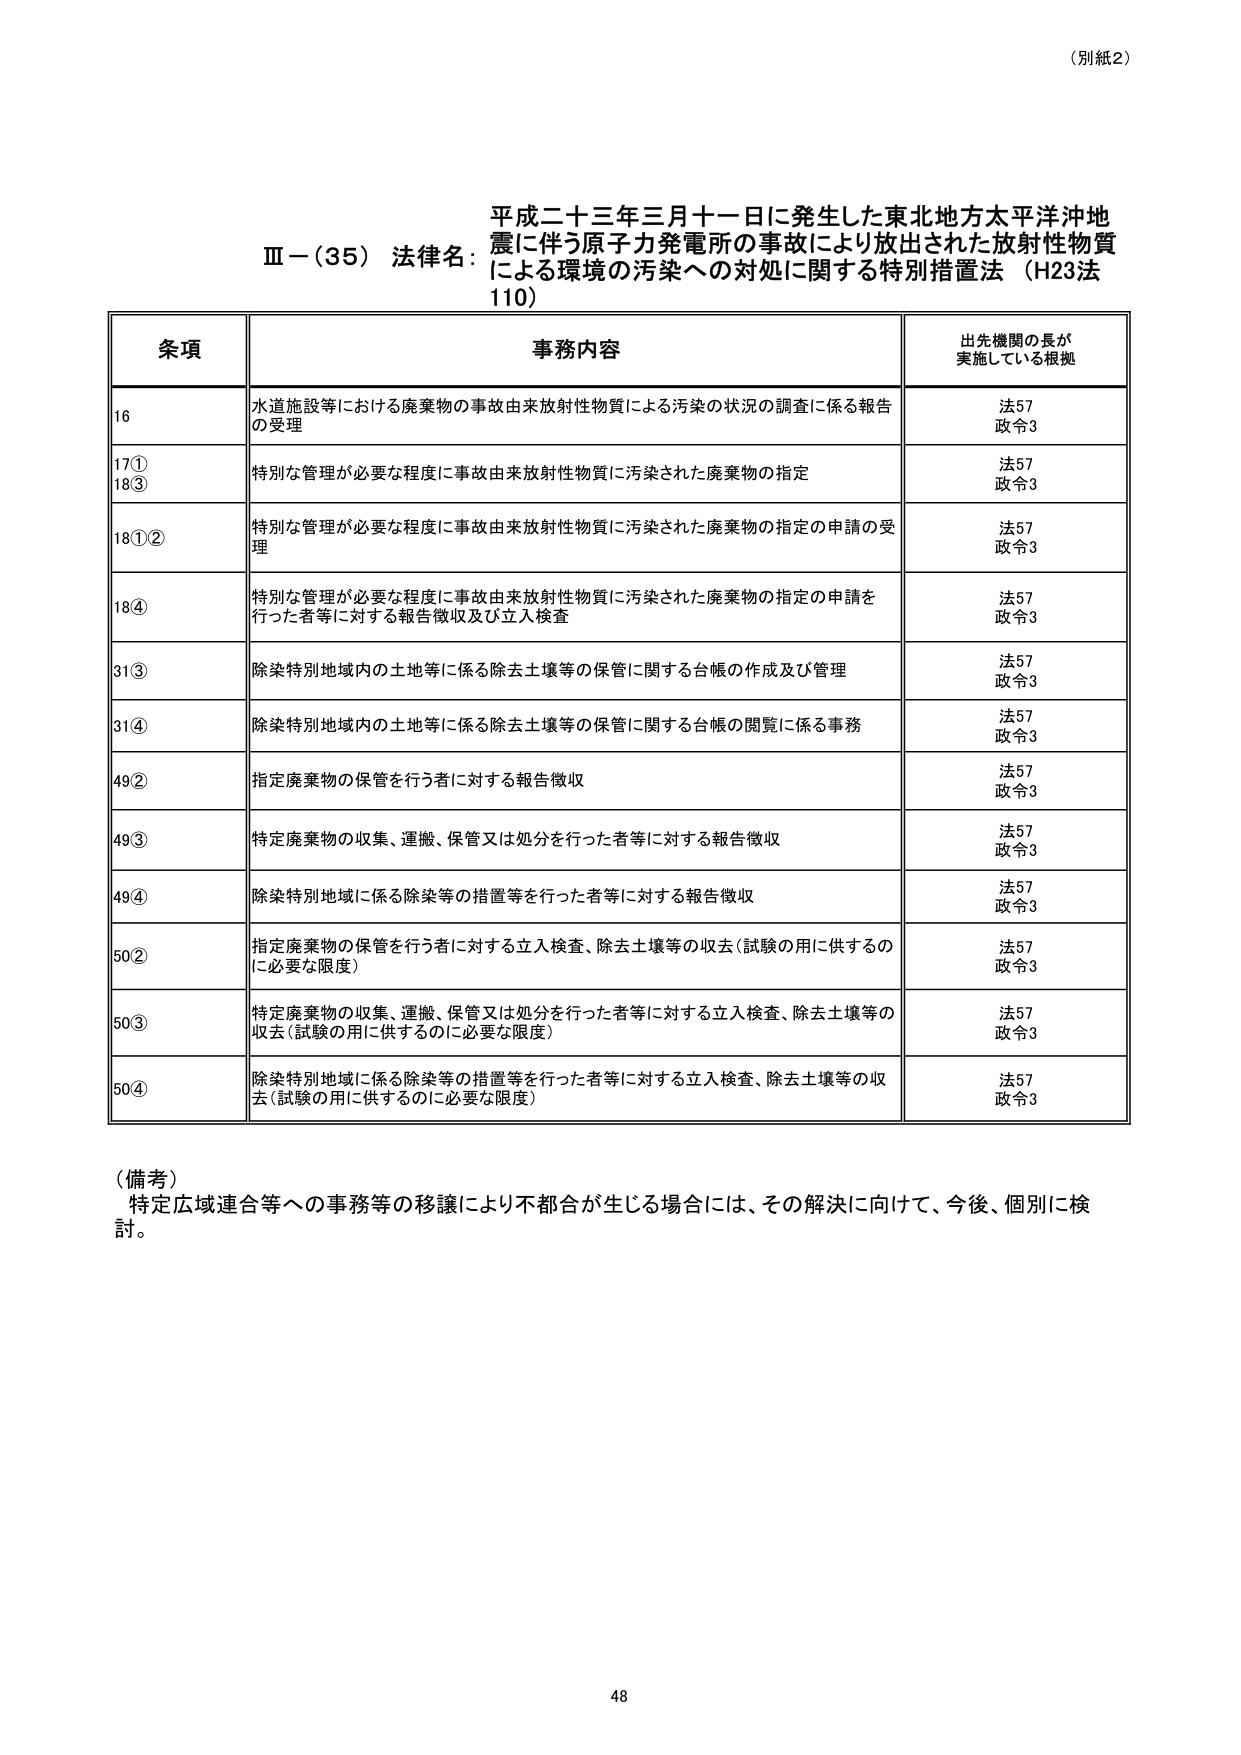
（別紙2）

平成二十三年三月十一日に発生した東北地方太平洋沖地震に伴う原子力発電所の事故により放出された放射性物質による環境の汚染への対処に関する特別措置法（H23法110）

Ⅲ－（35） 法律名：

条項 事務内容 出先機関の長が実施している根拠

16 水道施設等における廃棄物の事故由来放射性物質による汚染の状況の調査に係る報告の受理 法57 政令3

17① 特別な管理が必要な程度に事故由来放射性物質に汚染された廃棄物の指定 法57 政令3

18③

18①② 特別な管理が必要な程度に事故由来放射性物質に汚染された廃棄物の指定の申請の受理 法57 政令3

18④ 特別な管理が必要な程度に事故由来放射性物質に汚染された廃棄物の指定の申請を行った者等に対する報告徴収及び立入検査 法57 政令3

31③ 除染特別地域内の土地等に係る除去土壌等の保管に関する台帳の作成及び管理 法57 政令3

31④ 除染特別地域内の土地等に係る除去土壌等の保管に関する台帳の閲覧に係る事務 法57 政令3

49② 指定廃棄物の保管を行う者に対する報告徴収 法57 政令3

49③ 特定廃棄物の収集、運搬、保管又は処分を行った者等に対する報告徴収 法57 政令3

49④ 除染特別地域に係る除染等の措置等を行った者等に対する報告徴収 法57 政令3

50② 指定廃棄物の保管を行う者に対する立入検査、除去土壌等の収去（試験の用に供するのに必要な限度） 法57 政令3

50③ 特定廃棄物の収集、運搬、保管又は処分を行った者等に対する立入検査、除去土壌等の収去（試験の用に供するのに必要な限度） 法57 政令3

50④ 除染特別地域に係る除染等の措置等を行った者等に対する立入検査、除去土壌等の収去（試験の用に供するのに必要な限度） 法57 政令3

（備考）
特定広域連合等への事務等の移譲により不都合が生じる場合には、その解決に向けて、今後、個別に検討。

48